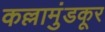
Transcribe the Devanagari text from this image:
कल्लामुंडकूर